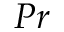
P r